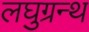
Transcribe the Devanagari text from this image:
लघुग्रन्थ